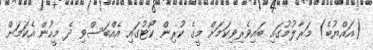
(އައްޔުބެ) މަރާލުމުގައި ބައިވެރިވިކަމަށް މީގެ ކުރިން ކޯޓުގައި އެއްބަސްވި ދެ މީހުން އެކަމަށް